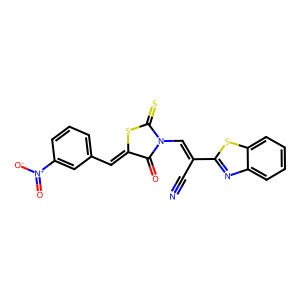
SMILES: N#CC(=CN1C(=O)C(=Cc2cccc([N+](=O)[O-])c2)SC1=S)c1nc2ccccc2s1
Inhibits HIV replication: No